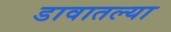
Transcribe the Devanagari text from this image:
डावातल्या